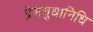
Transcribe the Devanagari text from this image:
प्रेमसुधानिधि